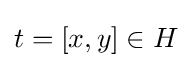
t=[x,y]\in H